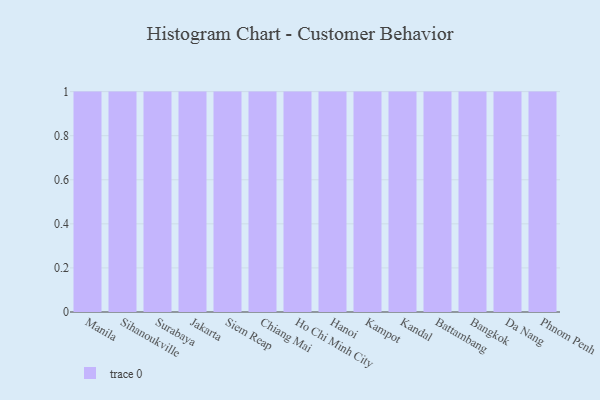
{"axis": {"x": "City", "y": "Budget (USD K)"}, "legend": [""], "data": [{"x": "Manila", "y": 74, "type": ""}, {"x": "Sihanoukville", "y": 66, "type": ""}, {"x": "Surabaya", "y": 18, "type": ""}, {"x": "Jakarta", "y": 92, "type": ""}, {"x": "Siem Reap", "y": 54, "type": ""}, {"x": "Chiang Mai", "y": 59, "type": ""}, {"x": "Ho Chi Minh City", "y": 32, "type": ""}, {"x": "Hanoi", "y": 47, "type": ""}, {"x": "Kampot", "y": 94, "type": ""}, {"x": "Kandal", "y": 11, "type": ""}, {"x": "Battambang", "y": 99, "type": ""}, {"x": "Bangkok", "y": 58, "type": ""}, {"x": "Da Nang", "y": 1, "type": ""}, {"x": "Phnom Penh", "y": 37, "type": ""}]}